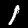
Label: 1